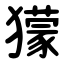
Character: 獴